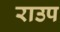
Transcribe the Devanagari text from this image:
राउप